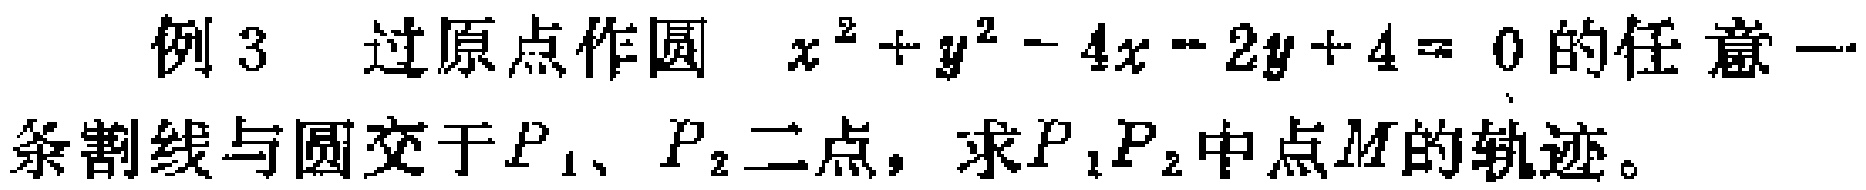
例 3 过原点作圆 \(x^{2}+y^{2}-4x - 2y + 4 = 0\) 的任意一条割线与圆交于\(P_{1}\)、\(P_{2}\)二点，求\(P_{1}P_{2}\)中点\(M\)的轨迹。